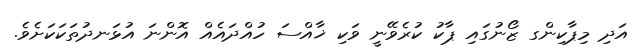
އަދި މިޕާކިންގ ޒޯނުގައި ޕާކު ކުރެވޭނީ ވަކި ޚާއްސަ ހުއްދައެއް އޮންނަ އުޅަނދުތަކަކަށެވެ.